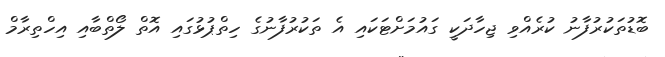
ބޮޑުތަކުރުފާނު ކުރެއްވި ޖިހާދަކީ ގައުމަށްޓަކައި އެ ތަކުރުފާނުގެ ހިތްޕުޅުގައި އޮތް ލޯތްބާއި އިހްތިރާމް